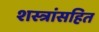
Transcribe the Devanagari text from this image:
शस्त्रांसहित